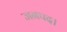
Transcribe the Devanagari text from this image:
जनपद।